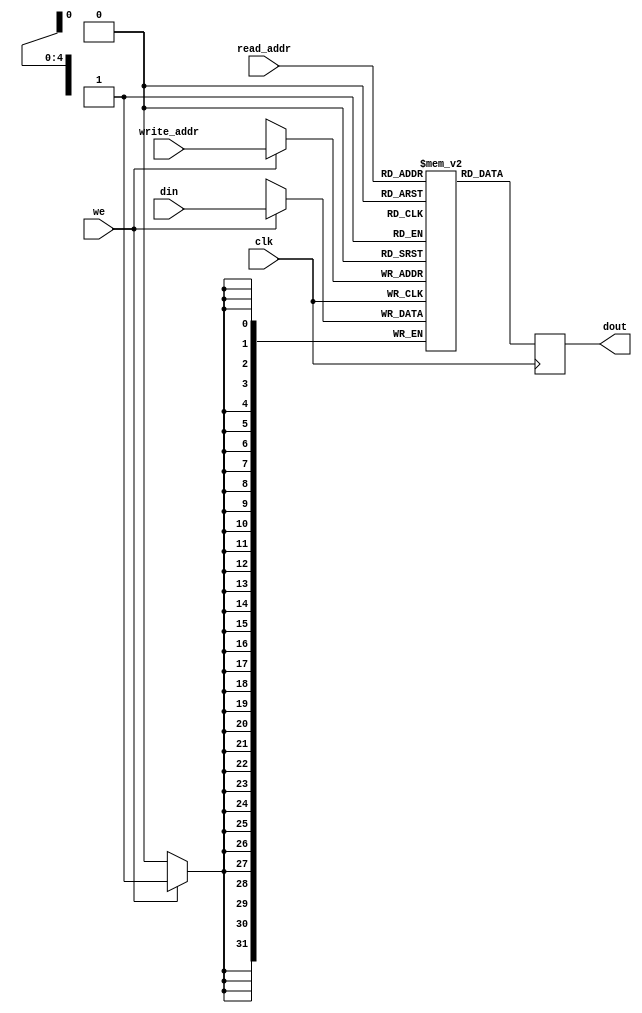
module wrapped_reg_memory_dp (clk, we, read_addr, write_addr, din, dout);
    input clk, we;
    input [4:0] read_addr, write_addr;
    input [31:0] din;
    output reg [31:0] dout;
    
    reg [31:0] ram [31:0];

    always @(posedge clk)
    begin
    dout <= ram[read_addr];
        if (we) begin
            ram[write_addr] <= din;
            end     
    end

endmodule



module wrapped_reference_macroblock_memory64 (clk, we, read_addr, write_addr, din, dout);
    input clk, we;
    input [5:0] read_addr, write_addr;
    input [63:0] din;
    output reg [63:0] dout;
    
    reg [63:0] ram [63:0];

    always @(posedge clk)
    begin
    dout <= ram[read_addr];
        if (we) begin
            ram[write_addr] <= din;
            end     
    end

endmodule



module wrapped_dual_port_component (clk, we, read_addr, write_addr, din, dout);
    input clk, we;
    input [7:0] read_addr, write_addr;
    input [63:0] din;
    output reg [63:0] dout;
    
    reg [63:0] ram [255:0];

    always @(posedge clk)
    begin
    dout <= ram[read_addr];
        if (we) begin
            ram[write_addr] <= din;
            end     
    end

endmodule

module wrapped_current_macroblock_memory64 (clk, we, read_addr, write_addr, din, dout);
    input clk, we;
    input [4:0] read_addr, write_addr;
    input [63:0] din;
    output reg [63:0] dout;
    
    reg [63:0] ram [31:0];

    always @(posedge clk)
    begin
    dout <= ram[read_addr];
        if (we) begin
            ram[write_addr] <= din;
            end     
    end
  
endmodule  
    
    module wrapped_point_memory (clk, we, read_addr, write_addr, din, dout);
        input clk, we;
        input [7:0] read_addr, write_addr;
        input [15:0] din;
        output reg [15:0] dout;
        
        reg [15:0] ram [255:0];
    
        always @(posedge clk)
        begin
        dout <= ram[read_addr];
            if (we) begin
                ram[write_addr] <= din;
                end     
    end
    
endmodule
    
      module wrapped_program_memory (clk, we, read_addr, write_addr, din, dout);
            input clk, we;
            input [7:0] read_addr, write_addr;
            input [19:0] din;
            output reg [19:0] dout;
            
            reg [19:0] ram [255:0];
        
            always @(posedge clk)
            begin
            dout <= ram[read_addr];
                if (we) begin
                    ram[write_addr] <= din;
                    end     
    end

endmodule